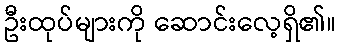
ဦးထုပ်များကို ဆောင်းလေ့ရှိ၏။